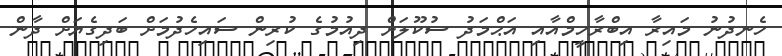
ހެނދުނު މައިރާ އިބްރާހީމްއާއި އަޙްމަދު ސުކޫލަށް ދިއުމުގެ ކުރިން ސައިހެދުމަށް ބަދިގެޔަށް ދާން